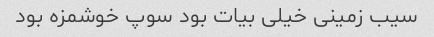
سیب زمینی خیلی بیات بود سوپ خوشمزه بود